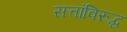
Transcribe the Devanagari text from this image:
सत्तांविरुद्ध